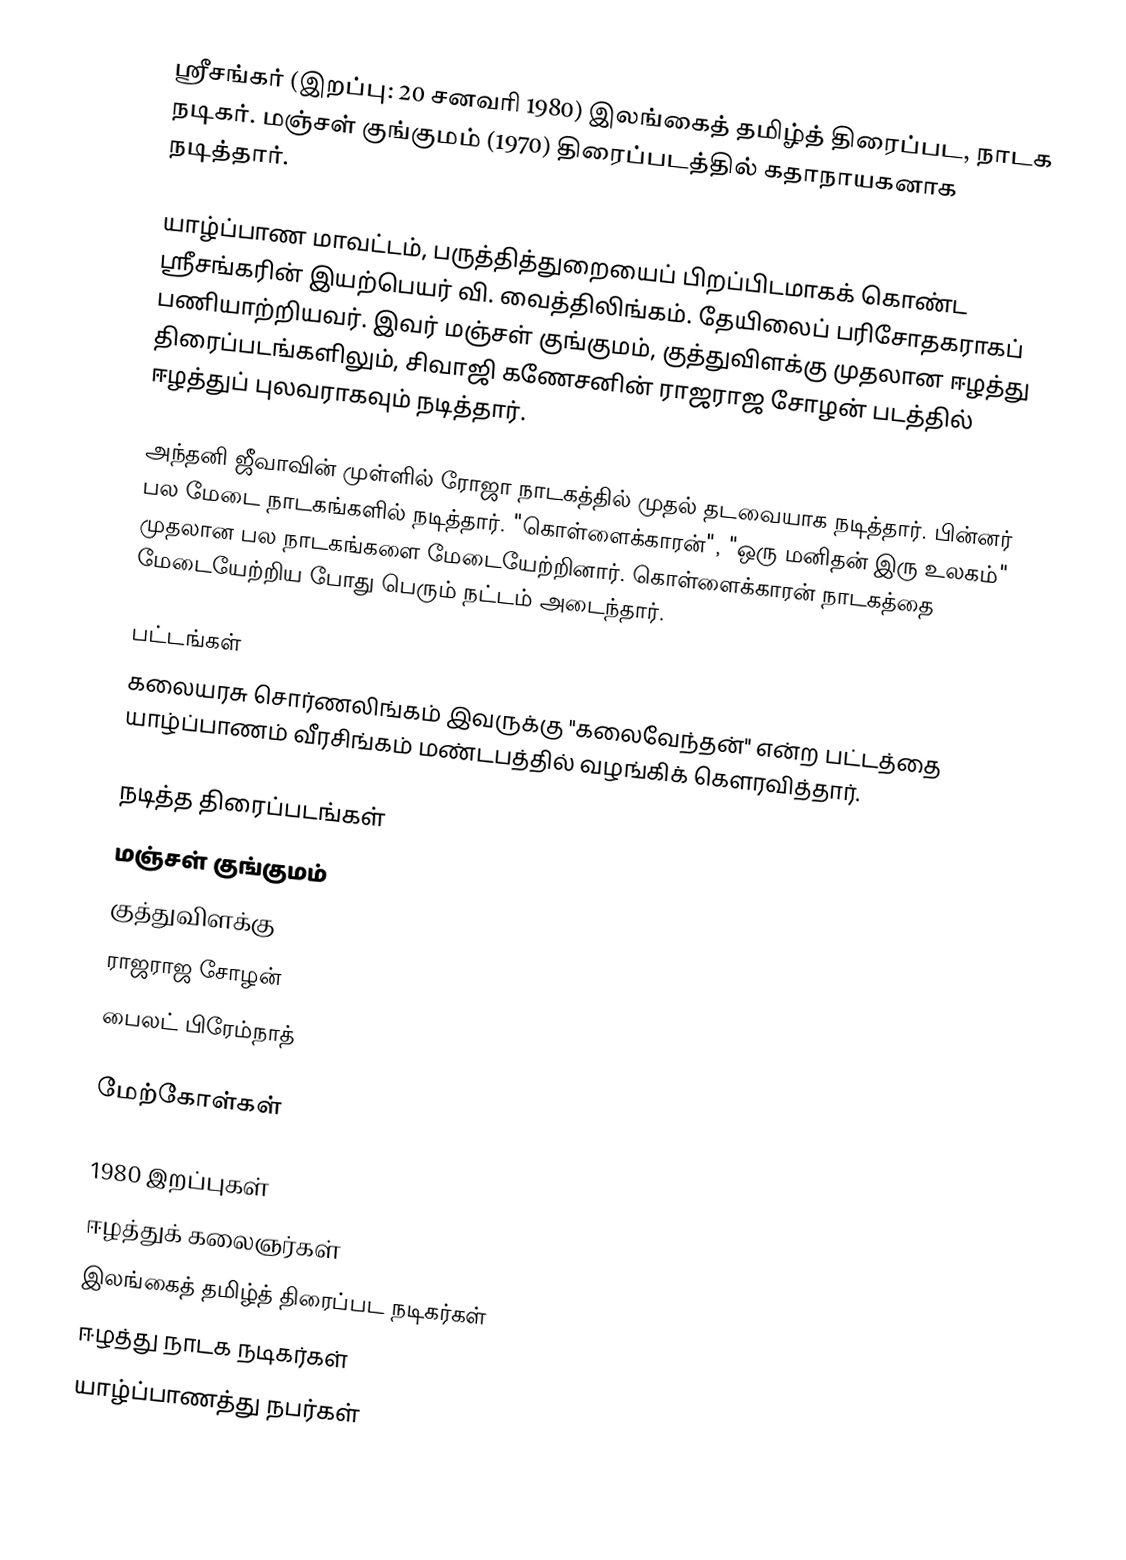
ஸ்ரீசங்கர் (இறப்பு: 20 சனவரி 1980) இலங்கைத் தமிழ்த் திரைப்பட, நாடக நடிகர். மஞ்சள் குங்குமம் (1970) திரைப்படத்தில் கதாநாயகனாக நடித்தார்.

யாழ்ப்பாண மாவட்டம், பருத்தித்துறையைப் பிறப்பிடமாகக் கொண்ட ஸ்ரீசங்கரின் இயற்பெயர் வி. வைத்திலிங்கம். தேயிலைப் பரிசோதகராகப் பணியாற்றியவர். இவர் மஞ்சள் குங்குமம், குத்துவிளக்கு முதலான ஈழத்து திரைப்படங்களிலும், சிவாஜி கணேசனின் ராஜராஜ சோழன் படத்தில் ஈழத்துப் புலவராகவும் நடித்தார்.

அந்தனி ஜீவாவின் முள்ளில் ரோஜா நாடகத்தில் முதல் தடவையாக நடித்தார். பின்னர் பல மேடை நாடகங்களில் நடித்தார். "கொள்ளைக்காரன்", "ஒரு மனிதன் இரு உலகம்" முதலான பல நாடகங்களை மேடையேற்றினார். கொள்ளைக்காரன் நாடகத்தை மேடையேற்றிய போது பெரும் நட்டம் அடைந்தார்.

பட்டங்கள்
கலையரசு சொர்ணலிங்கம் இவருக்கு "கலைவேந்தன்" என்ற பட்டத்தை யாழ்ப்பாணம் வீரசிங்கம் மண்டபத்தில் வழங்கிக் கௌரவித்தார்.

நடித்த திரைப்படங்கள்
மஞ்சள் குங்குமம்
குத்துவிளக்கு
ராஜராஜ சோழன்
பைலட் பிரேம்நாத்

மேற்கோள்கள்

1980 இறப்புகள்
ஈழத்துக் கலைஞர்கள்
இலங்கைத் தமிழ்த் திரைப்பட நடிகர்கள்
ஈழத்து நாடக நடிகர்கள்
யாழ்ப்பாணத்து நபர்கள்